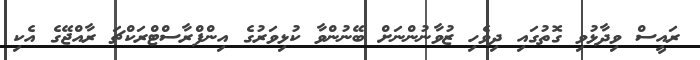
ރައީސް ވިދާޅުވި ގޮތުގައި ދިވެހި ޒުވާނުންނަށް ބޭނުންވާ ކުޅިވަރުގެ އިންފްރާސްޓްރަކްޗަ ރާއްޖޭގެ އެކި